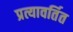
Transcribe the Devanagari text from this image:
प्रत्यावर्तित